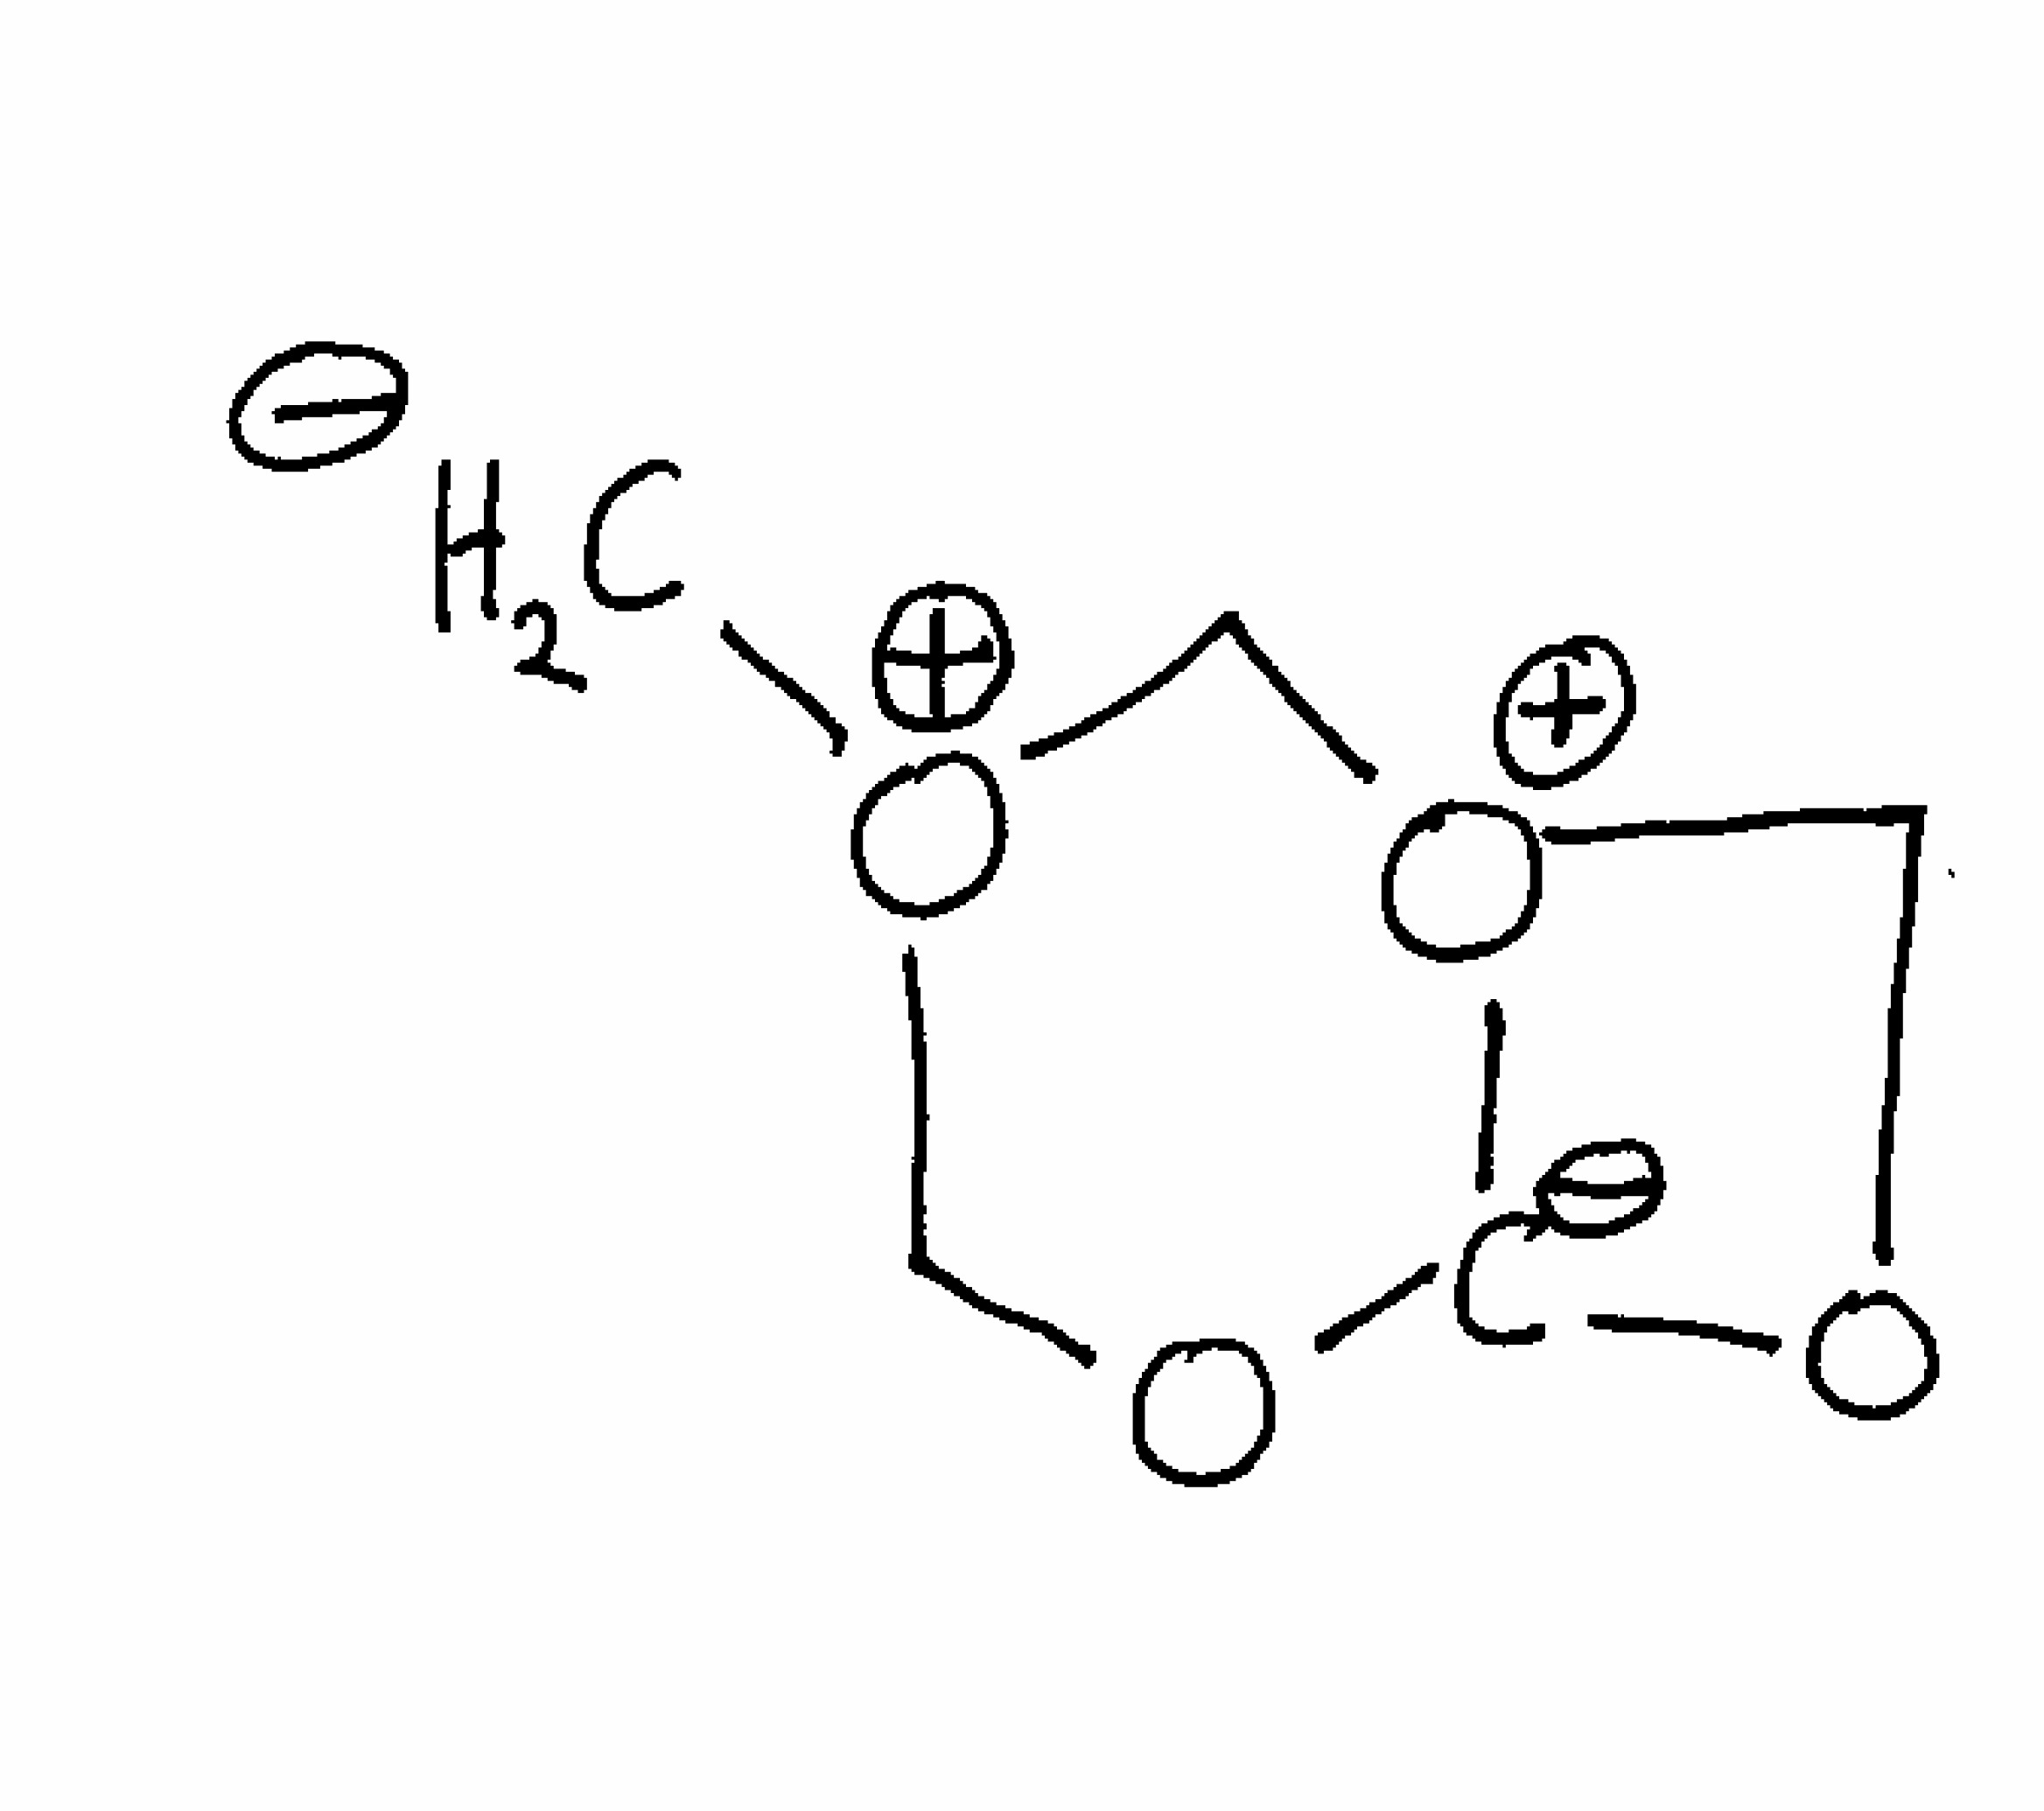
Simplified molecular-input line-entry system (SMILES) notation of the given molecule:
[CH2-][O+]1CO[C-]2OC[O+]2C1